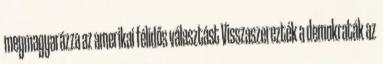
megmagyarázza az amerikai félidős választást Visszaszerezték a demokraták az